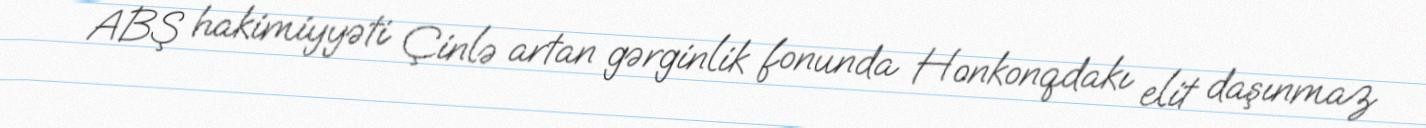
ABŞ hakimiyyəti Çinlə artan gərginlik fonunda Honkonqdakı elit daşınmaz